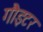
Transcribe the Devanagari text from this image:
गौइटर